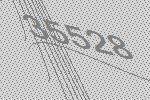
35528